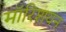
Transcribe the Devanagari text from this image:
मॉरिशयन